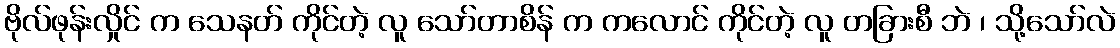
ဗိုလ်ဖုန်းလှိုင် က သေနတ် ကိုင်တဲ့ လူ သော်တာစိန် က ကလောင် ကိုင်တဲ့ လူ တခြားစီ ဘဲ ၊ သို့သော်လဲ